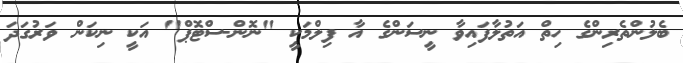
ބެލުންތެރިންގެ ހިތް އަތުލާފައިވާ ނީސަންގެ އާ ފިލްމަކީ "ނޮން-ސްޓޮޕް" އަކީ ނިކަން ވަރުގަދަ